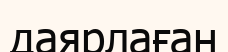
даярлаған